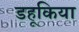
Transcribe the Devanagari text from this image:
डहूकिया